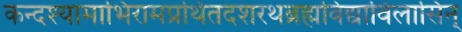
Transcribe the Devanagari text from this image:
कन्दश्यामाभिरामप्रथितदशरथब्रह्मविद्याविलासिन्